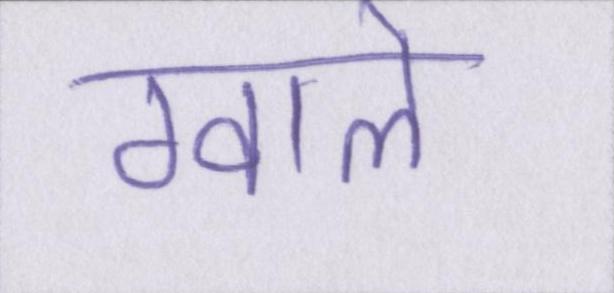
ग्वाले